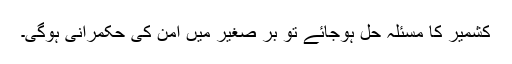
کشمیر کا مسئلہ حل ہوجائے تو بر صغیر میں امن کی حکمرانی ہوگی۔